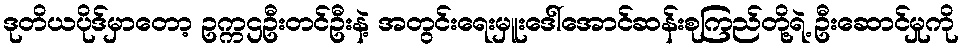
ဒုတိယပိုဒ်မှာတော့ ဥက္ကဌဦးတင်ဦးနဲ့ အတွင်းရေးမှူးဒေါ်အောင်ဆန်းစုကြည်တို့ရဲ့ ဦးဆောင်မှုကို